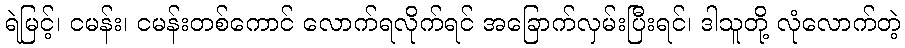
ရဲမြင့်၊ ငမန်း၊ ငမန်းတစ်ကောင် လောက်ရလိုက်ရင် အခြောက်လှမ်းပြီးရင်၊ ဒါသူတို့ လုံလောက်တဲ့